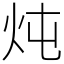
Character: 炖